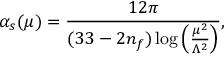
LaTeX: \alpha _ { s } ( \mu ) = \frac { 1 2 \pi } { ( 3 3 - 2 n _ { f } ) \log \left( \frac { \mu ^ { 2 } } { \Lambda ^ { 2 } } \right) } ,